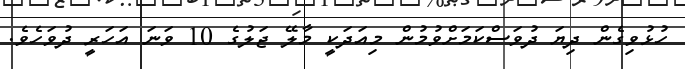
ހުޅުވިގެން ދިޔަ ދުވަސްކަމަށްވުމުން މިއަދަކީ މާލޭ ޖަލުގެ 10 ވަނަ އަހަރީ ދުވަހެވެ.